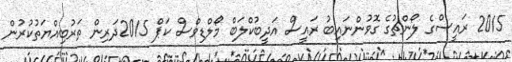
2015 ރައީސްގެ ލޯންޗުގެ ގޮވުންނައިބު ރައީސް އަދީބުކްލަބް މޯލްޑިވްސް ކަޕް 2015ދަރިން ތަރުބިއްޔަތުކުރުން